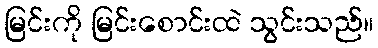
မြင်းကို မြင်းစောင်းထဲ သွင်းသည်။